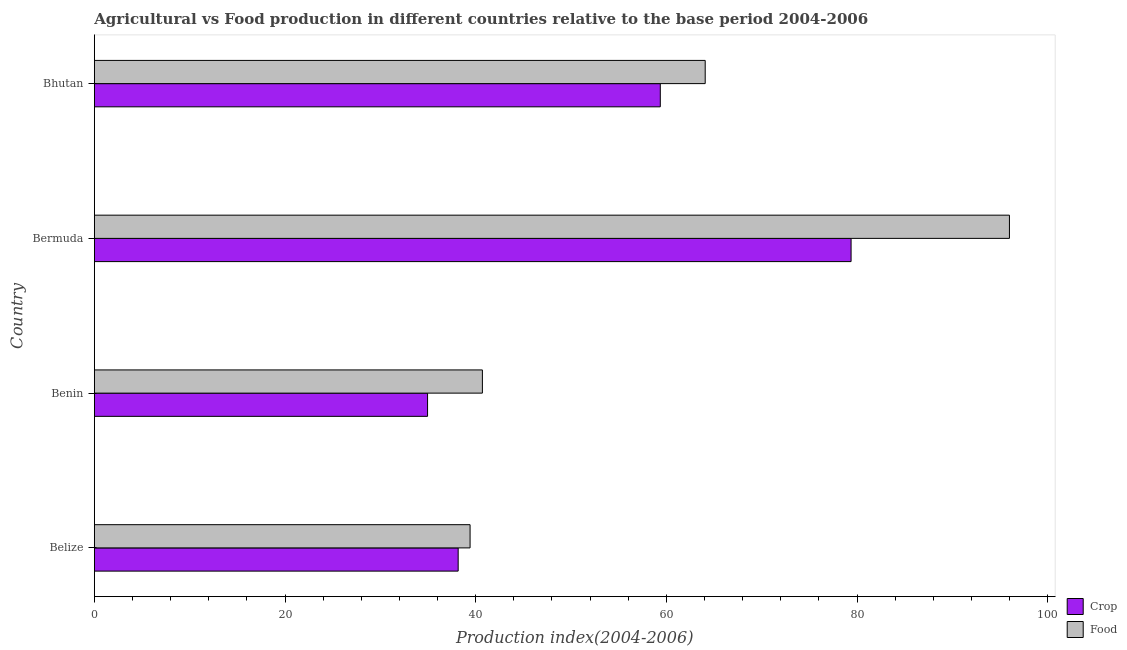
| Country | Crop | Food |
 | --- | --- | --- |
 | Belize | 38.2 | 39.4 |
 | Benin | 35 | 40.7 |
 | Bermuda | 79.4 | 96 |
 | Bhutan | 59.4 | 64.1 |